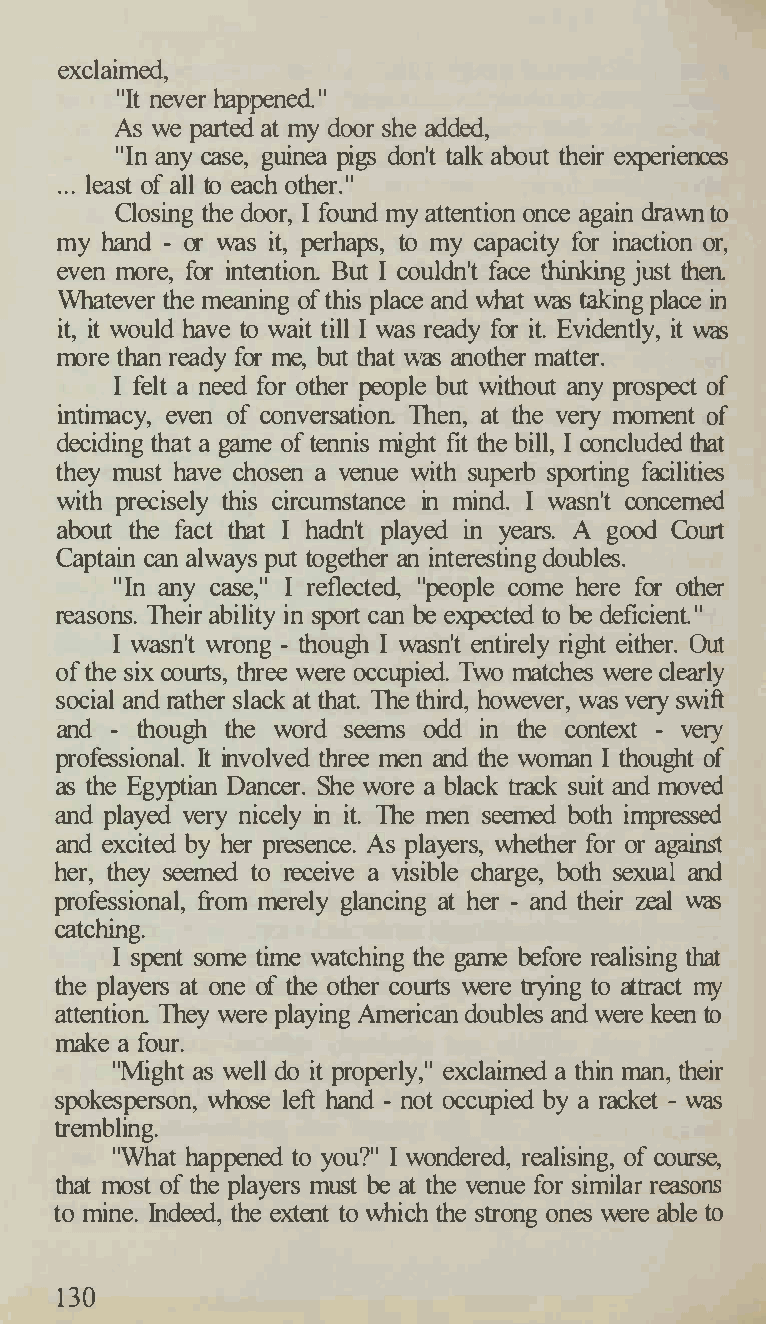
exclaimed,
 "It never happened"
 As we parted at my door she added,
 "In any case, guinea pigs don't talk about their experiences
 ... least of all to each other."
 Closing the door, I found my attention once again drawn to
 my hand - or was it, perhaps, to my capacity for inaction or,
 even more, for intention But I couldn't face thinking just then
 Whatever the meaning of this place and what was taking place in
 it, it would have to wait till I was ready for it. Evidently, it was
 more than ready for me, but that was another matter.
 I felt a need for other people but without any prospect of
 intimacy, even of conversation Then, at the very moment of
 deciding that a game of tennis might fit the bill, I concluded that
 they must have chosen a venue with superb sporting facilities
 with precisely this circumstance in mind. I wasn't concerned
 about the fact that I hadn't played in years. A good Court
 Captain can always put together an interesting doubles.
 "In any case," I reflected, "people come here for other
 reasons. Their ability in sport can be expected to be deficient."
 I wasn't wrong - though I wasn't entirely right either. Out
 of the six courts, three were occupied. Two matches were clearly
 social and rather slack at that. The third, however, was very swift
 and - though the word seems odd in the context - very
 professional. It involved three men and the woman I thought of
 as the Egyptian Dancer. She wore a black track suit and moved
 and played very nicely in it. The men seemed both impressed
 and excited by her presence. As players, whether for or against
 her, they seemed to receive a visible charge, both sexual and
 professional, from merely glancing at her - and their zeal was
 catching.
 I spent some time watching the game before realising that
 the players at one of the other courts were trying to attract my
 attention They were playing American doubles and were keen to
 make a four.
 "Might as well do it properly," exclaimed a thin man, their
 spokesperson, whose left hand - not occupied by a racket - was
 trembling.
 "What happened to you?" I wondered, realising, of course,
 that most of the players must be at the venue for similar reasons
 to mine. Indeed, the extent to which the strong ones were able to
 130